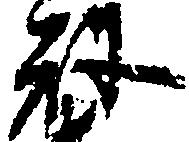
祢